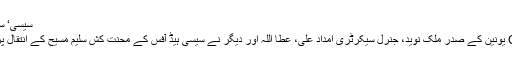
سیسی‘ سلیم مسیح کے انتقال پر تعزیت
پیپلز اسٹاف یونین سیسی CBA یونین کے صدر ملک نوید، جنرل سیکرٹری امداد علی، عطا اللہ اور دیگر نے سیسی ہیڈ آفس کے محنت کش سلیم مسیح کے انتقال پر لواحقین سے تعزیت کی ہے۔